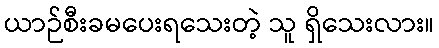
ယာဉ်စီးခမပေးရသေးတဲ့ သူ ရှိသေးလား။